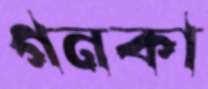
গনকা